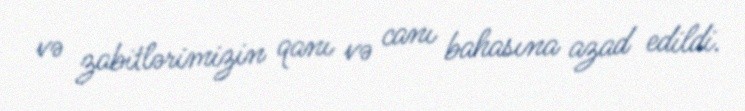
və zabitlərimizin qanı və canı bahasına azad edildi.